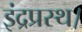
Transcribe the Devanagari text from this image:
इंद्रप्रस्थ।